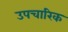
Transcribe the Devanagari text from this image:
उपचारिक